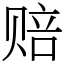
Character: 赔